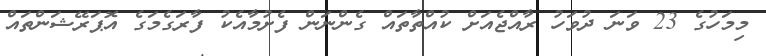
މިމަހުގެ 23 ވަނަ ދުވަހު ރާއްޖެއަށް ކުއްތާތައް ގެންނަން ފެށުމާއެކު ފާރަގެމަގެ އޮޕަރޭޝަންތައް